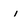
Character: i